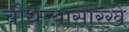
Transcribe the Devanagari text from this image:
चौथऱ्यासारखे